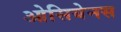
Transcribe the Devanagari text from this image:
ओसियेनस